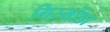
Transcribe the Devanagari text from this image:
गिस्मोंडा